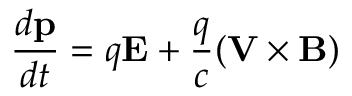
\frac { d { \bf p } } { d t } = q { \bf E } + \frac { q } { c } ( { \bf V } \times { \bf B } )